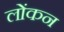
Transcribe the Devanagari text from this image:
लोंकन